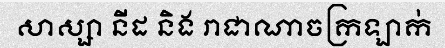
សាស្សា នីដ និង រាជាណាចក្រឡាក់